Trukikaitis_Postimees, lk 139
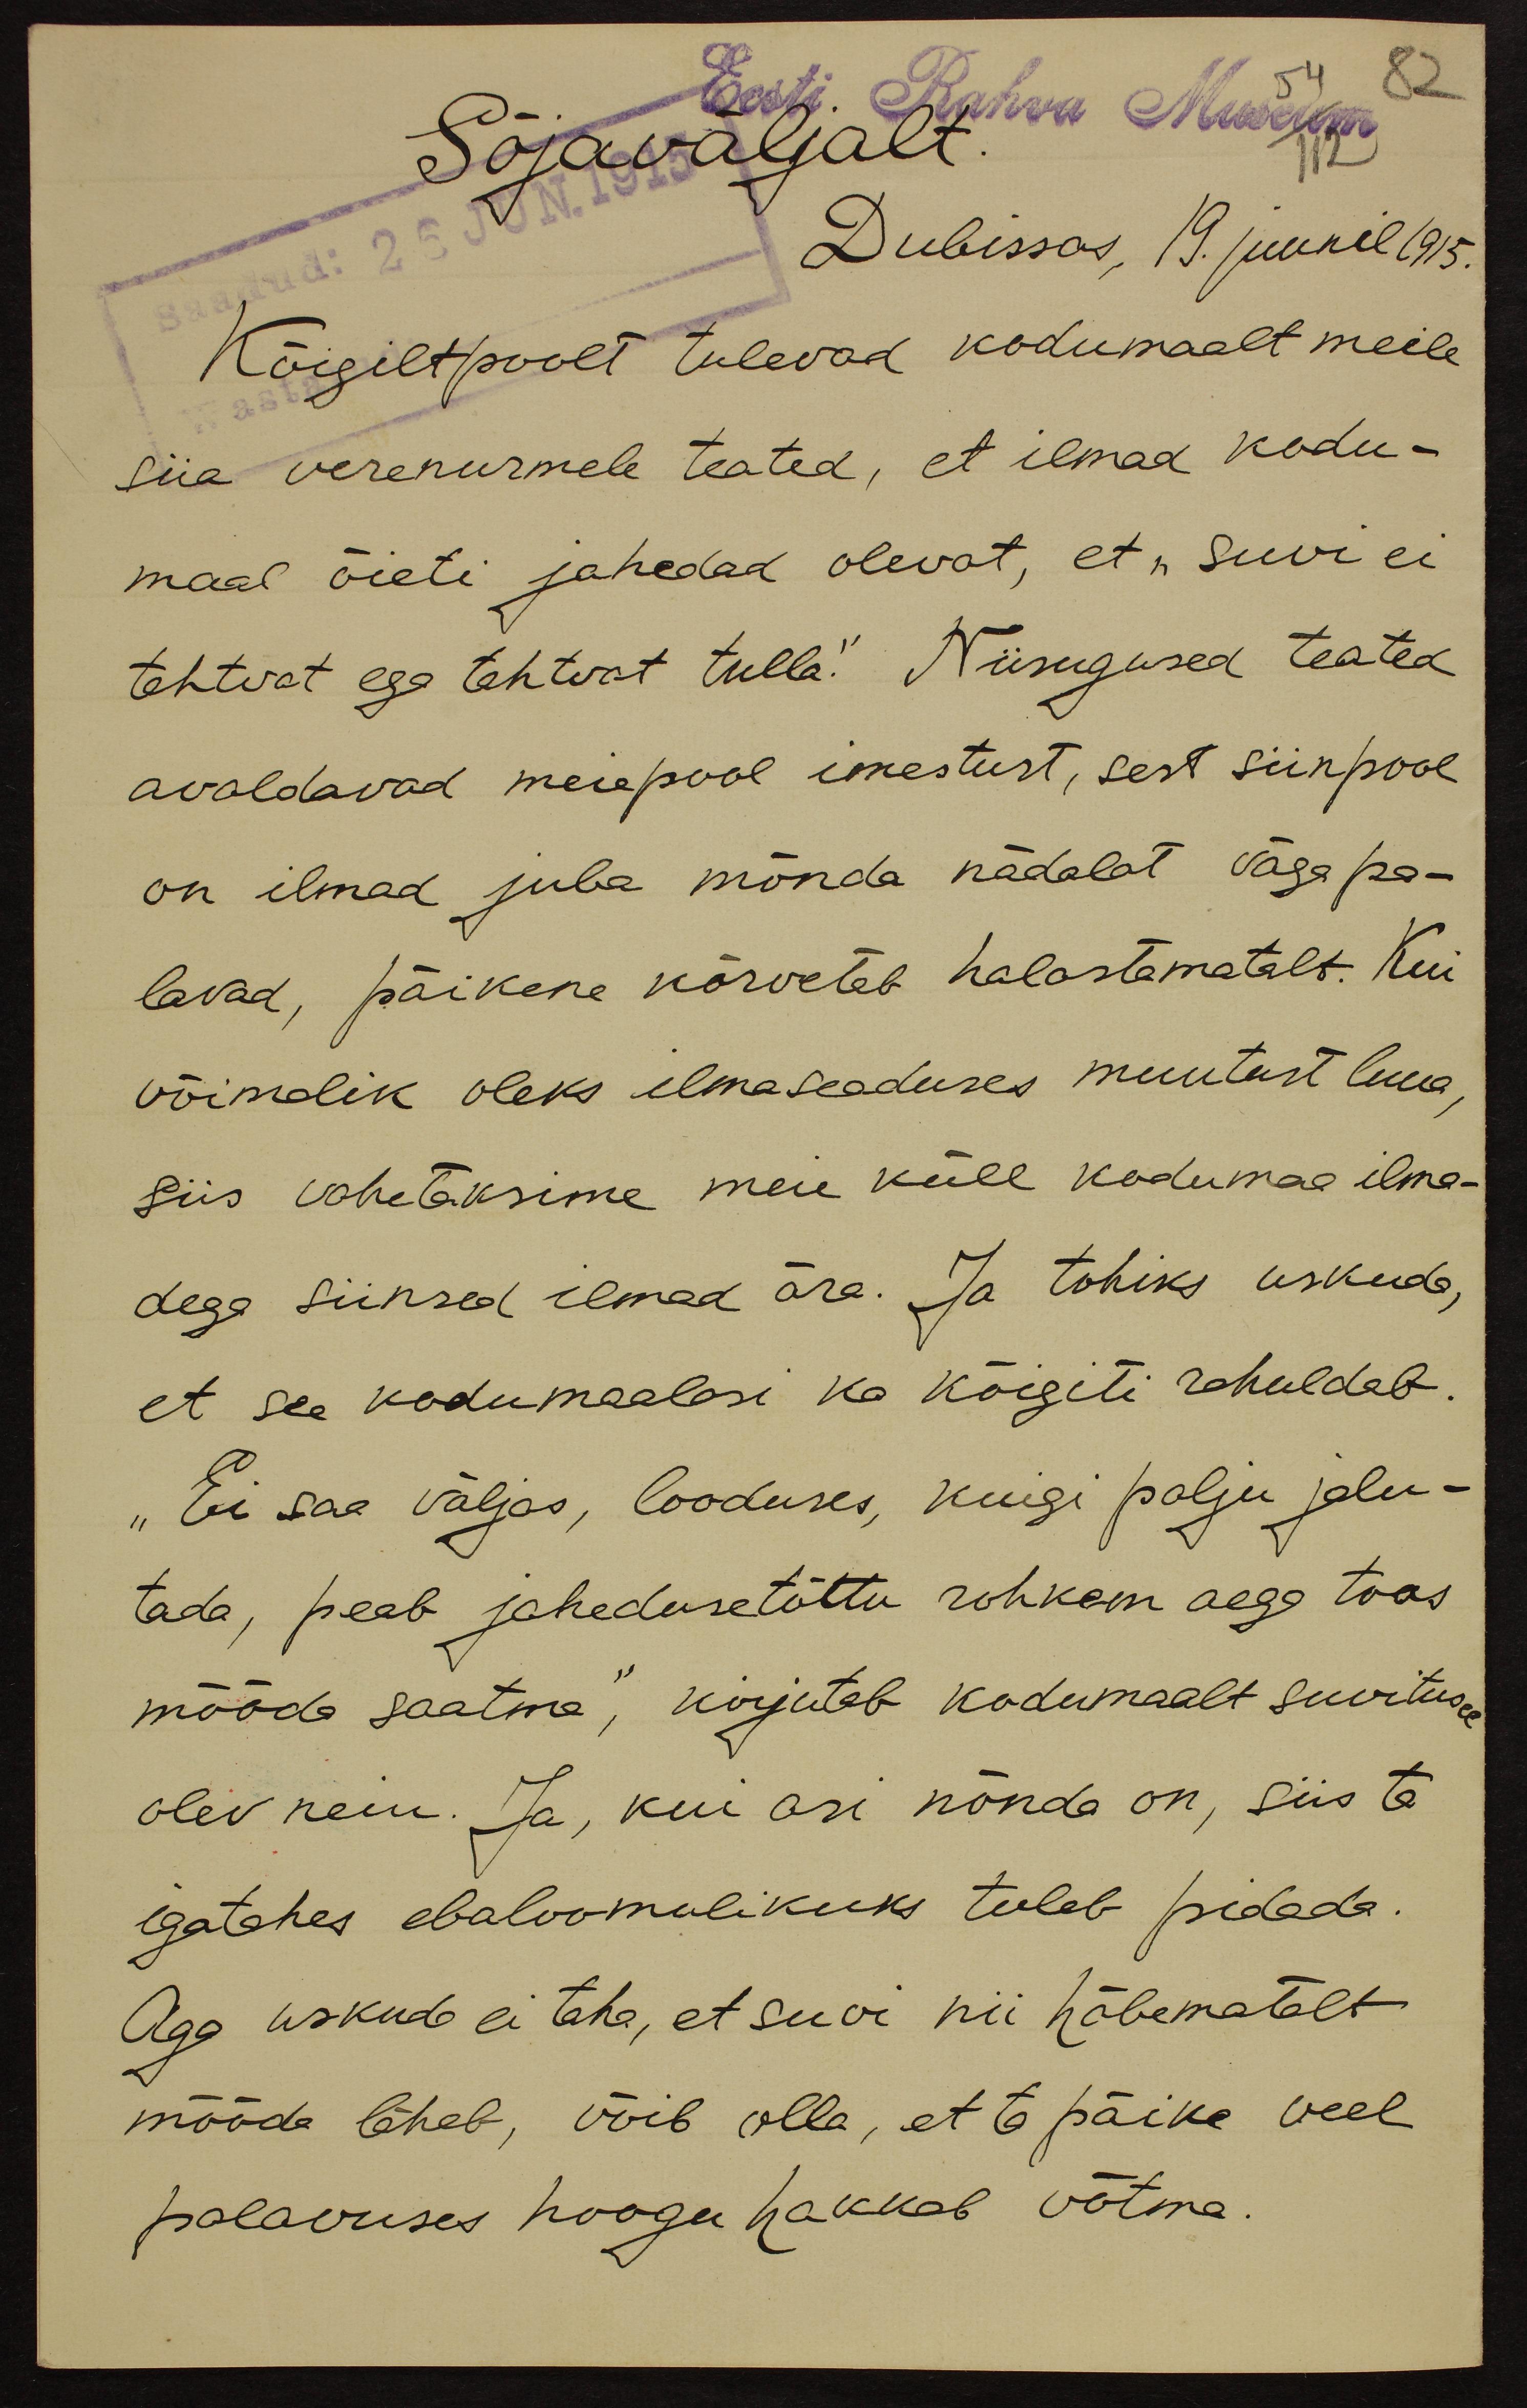
Sõjaväljalt.
Dubissas, 19. juunil 1915.
Kõigiltpoolt tulevad kodumaalt meile
siia verenurmele teated, et ilmad kodu-
maal õieti jahedad olevat, et "suvi ei
tahtvat ega tahtvat tulla." Niisugused teated
avaldavad meiepool imestust, sest siinpool
on ilmad juba mõnda nädalat väga pa-
lavad, päikene kõrvetab halastamatalt. Kui
võimalik oleks ilmaseaduses muutust luua,
siis vahetaksime meie küll kodumaa ilma-
dega siinsed ilmad ära. Ja tohiks uskuda,
et see kodumaalasi ka kõigiti rahuldab.
"Ei saa väljas, looduses, kuigi palju jalu-
tada, peab jaheduse tõttu rohkem aega toas
mööda saatma", kirjutab kodumaalt suvitusel
olev neiu. Ja, kui asi nõnda on, siis ta
igatahes ebaloomulikuks tuleb pidada.
Aga uskuda ei taha, et suvi nii häbematalt
mööda läheb, võib olla, et ta päike veel
palavuses hoogu hakkab võtma.